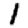
Digit: 1